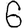
Digit: 6